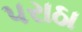
પરાઠા